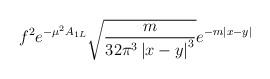
LaTeX: \begin{align*}f^2e^{-\mu^2A_{1L}}\sqrt{\frac{m}{32\pi^3\left|x-y\right|^3}}e^{-m\left|x-y\right|}\end{align*}